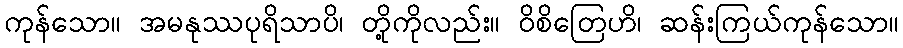
ကုန်သော။ အမနုဿပုရိသာပိ၊ တို့ကိုလည်း။ ဝိစိတြေဟိ၊ ဆန်းကြယ်ကုန်သော။